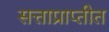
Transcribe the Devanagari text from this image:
सत्ताप्राप्तीत